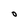
Character: O